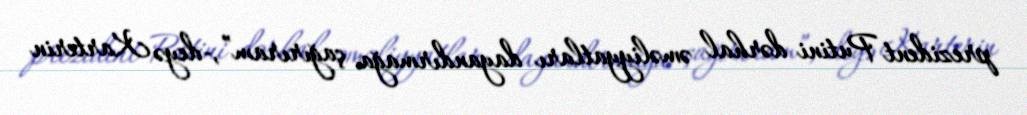
prezident Putini dərhal əməliyyatları dayandırmağa çağırıram”,-deyə Karterin